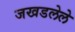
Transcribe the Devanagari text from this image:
जखडलेले